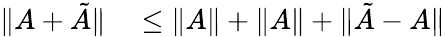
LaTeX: \begin{array}{rl}{\| A+\tilde{A}\| }&{{}\leq\| A\| +\| A\| +\| \tilde{A}-A\| }\end{array}